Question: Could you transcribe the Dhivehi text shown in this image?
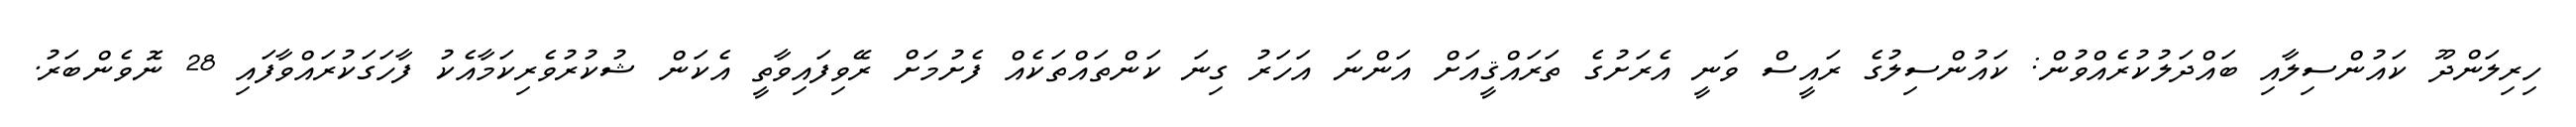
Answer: ހިރިލަންދޫ ކައުންސިލާއި ބައްދަލުކުރެއްވުން: ކައުންސިލުގެ ރައީސް ވަނީ އެރަށުގެ ތަރައްޤީއަށް އަންނަ އަހަރު ގިނަ ކަންތައްތަކެއް ފެށުމަށް ރޭވިފައިވާތީ އެކަން ޝުކުރުވެރިކަމާއެކު ފާހަގަކުރައްވާފައި 28 ނޮވެންބަރު.